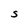
Character: S